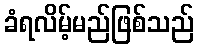
ခံရလိမ့်မည်ဖြစ်သည်